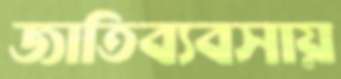
জাতিব্যবসায়